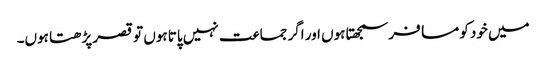
میں خود کو مسافر سمجھتا ہوں اور اگر جماعت نہیں پاتا ہوں تو قصر پڑھتا ہوں۔